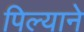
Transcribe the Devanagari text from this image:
पिल्याने